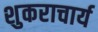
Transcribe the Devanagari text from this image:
शुकराचार्य